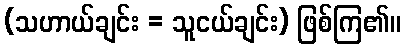
(သဟာယ်ချင်း = သူငယ်ချင်း) ဖြစ်ကြ၏။